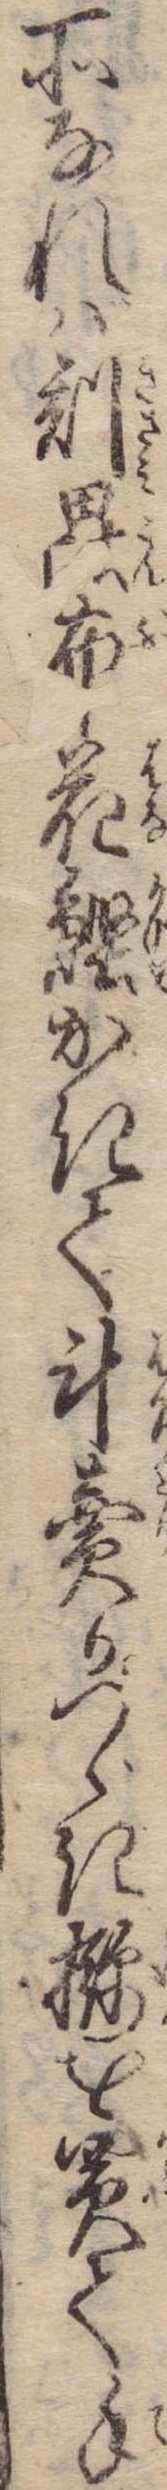
所なれば刻昆布花鰹かきて斗売かつゞきを買て手